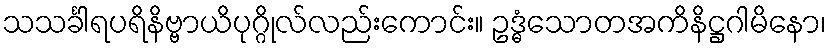
သသင်္ခါရပရိနိဗ္ဗာယိပုဂ္ဂိုလ်လည်းကောင်း။ ဥဒ္ဓံသောတအကိနိဋ္ဌဂါမိနော၊